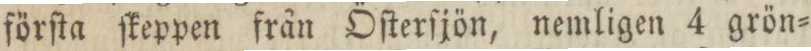
förſta ſkeppen från Öſterſjön, nemligen 4 grön=